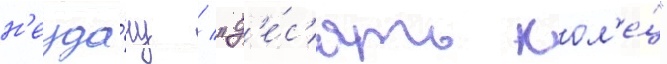
н'еуда́чу / "д'е́с'ять кол'е́ц"